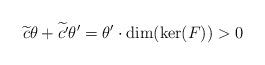
LaTeX: \begin{align*}\widetilde{c}\theta+\widetilde{c'}\theta' = \theta'\cdot\dim(\ker(F)) > 0\end{align*}